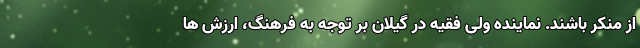
از منکر باشند. نماینده ولی فقیه در گیلان بر توجه به فرهنگ، ارزش ها